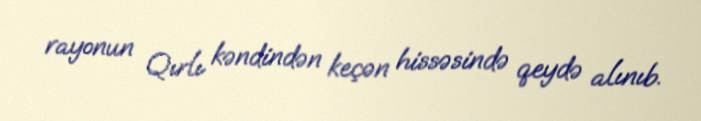
rayonun Qırlı kəndindən keçən hissəsində qeydə alınıb.